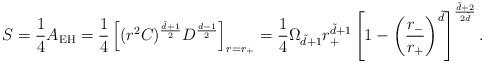
LaTeX: \begin{align*}S=\frac{1}{4}A_{\rm EH}=\frac{1}{4}\left[(r^2 C)^\frac{\tilde d+1}{2}D^\frac{d-1}{2} \right]_{r=r_+}=\frac{1}{4}\Omega_{\tilde d+1}r_+^{\tilde d+1}\left[1-\left(\frac{r_-}{r_+}\right)^{\tilde d} \right]^\frac{\tilde d+2}{2 \tilde d}.\end{align*}